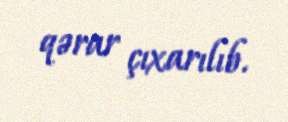
qərar çıxarılıb.